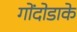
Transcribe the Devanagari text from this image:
गोंदोडाके